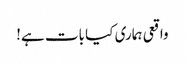
واقعی ہماری کیا بات ہے!